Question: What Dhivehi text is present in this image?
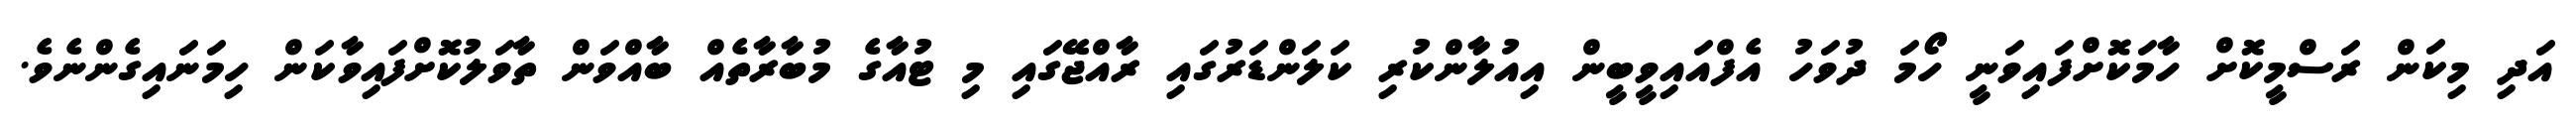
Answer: އަދި މިކަން ރަސްމީކޮށް ހާމަކޮށްފައިވަނީ ހޯމަ ދުވަހު އެފްއައިވީބީން އިއުލާންކުރި ކަލަންޑަރުގައި ރާއްޖޭގައި މި ޓުއާގެ މުބާރާތެއް ބާއްވަން ތާވަލުކޮށްފައިވާކަން ހިމަނައިގެންނެވެ.